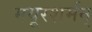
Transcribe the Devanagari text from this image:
मयूरशर्मन्